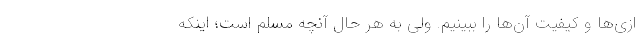
ازی‌ها و کیفیت آن‌ها را ببینیم. ولی به هر حال آنچه مسلم است؛ اینکه